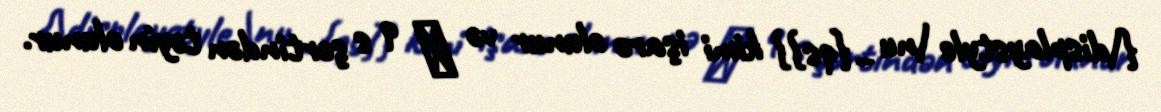
{\displaystyle \nu _{qs}} kimi işarə olunur və ν q s şərtindən təyin olunur.